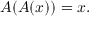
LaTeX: A ( A ( x ) ) = x .